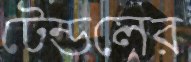
টেন্ডলের